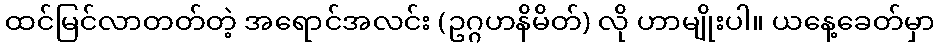
ထင်မြင်လာတတ်တဲ့ အရောင်အလင်း (ဥဂ္ဂဟနိမိတ်) လို ဟာမျိုးပါ။ ယနေ့ခေတ်မှာ